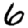
Digit: 6